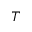
T